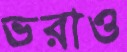
ভরাও